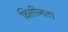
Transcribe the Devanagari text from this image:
विलीनता